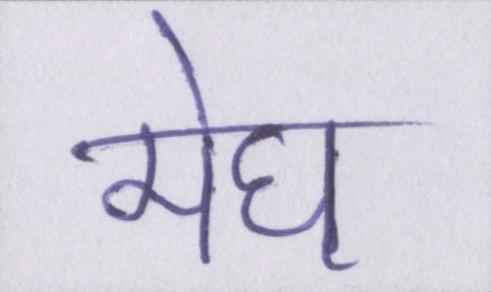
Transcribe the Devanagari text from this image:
मेघ